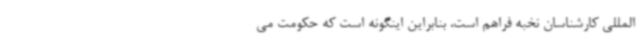
المللی کارشناسان نخبه فراهم است، بنابراین اینگونه است که حکومت می